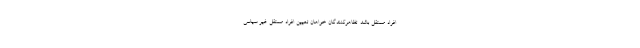
افراد مستقل باشد. تظاهرکنندگان خواهان تعیین افراد مستقل غیر سیاسی